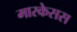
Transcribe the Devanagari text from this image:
मारकेसस